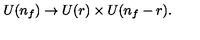
U ( n _ { f } ) \to U ( r ) \times U ( n _ { f } - r ) .